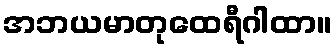
အဘယမာတုထေရီဂါထာ။